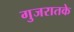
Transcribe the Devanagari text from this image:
गुजरातके